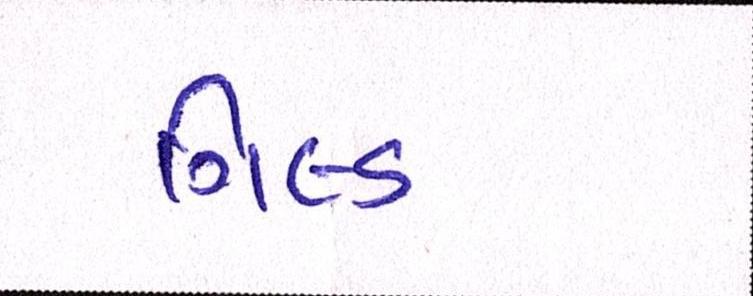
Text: ગિલ્ડ